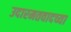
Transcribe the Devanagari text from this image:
उदारमतवादच्या